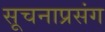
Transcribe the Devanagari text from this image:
सूचनाप्रसंग